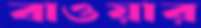
বাওয়ার